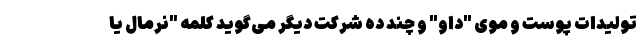
تولیدات پوست و موی "داو" و چند ده شرکت دیگر می‌گوید کلمه "نرمال یا